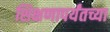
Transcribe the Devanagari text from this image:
शिक्षणापर्यंतच्या